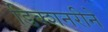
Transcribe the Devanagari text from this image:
डिक्शनरीने